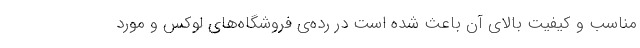
مناسب و کیفیت بالای آن باعث شده است در رده‌ی فروشگاه‌های لوکس و مورد